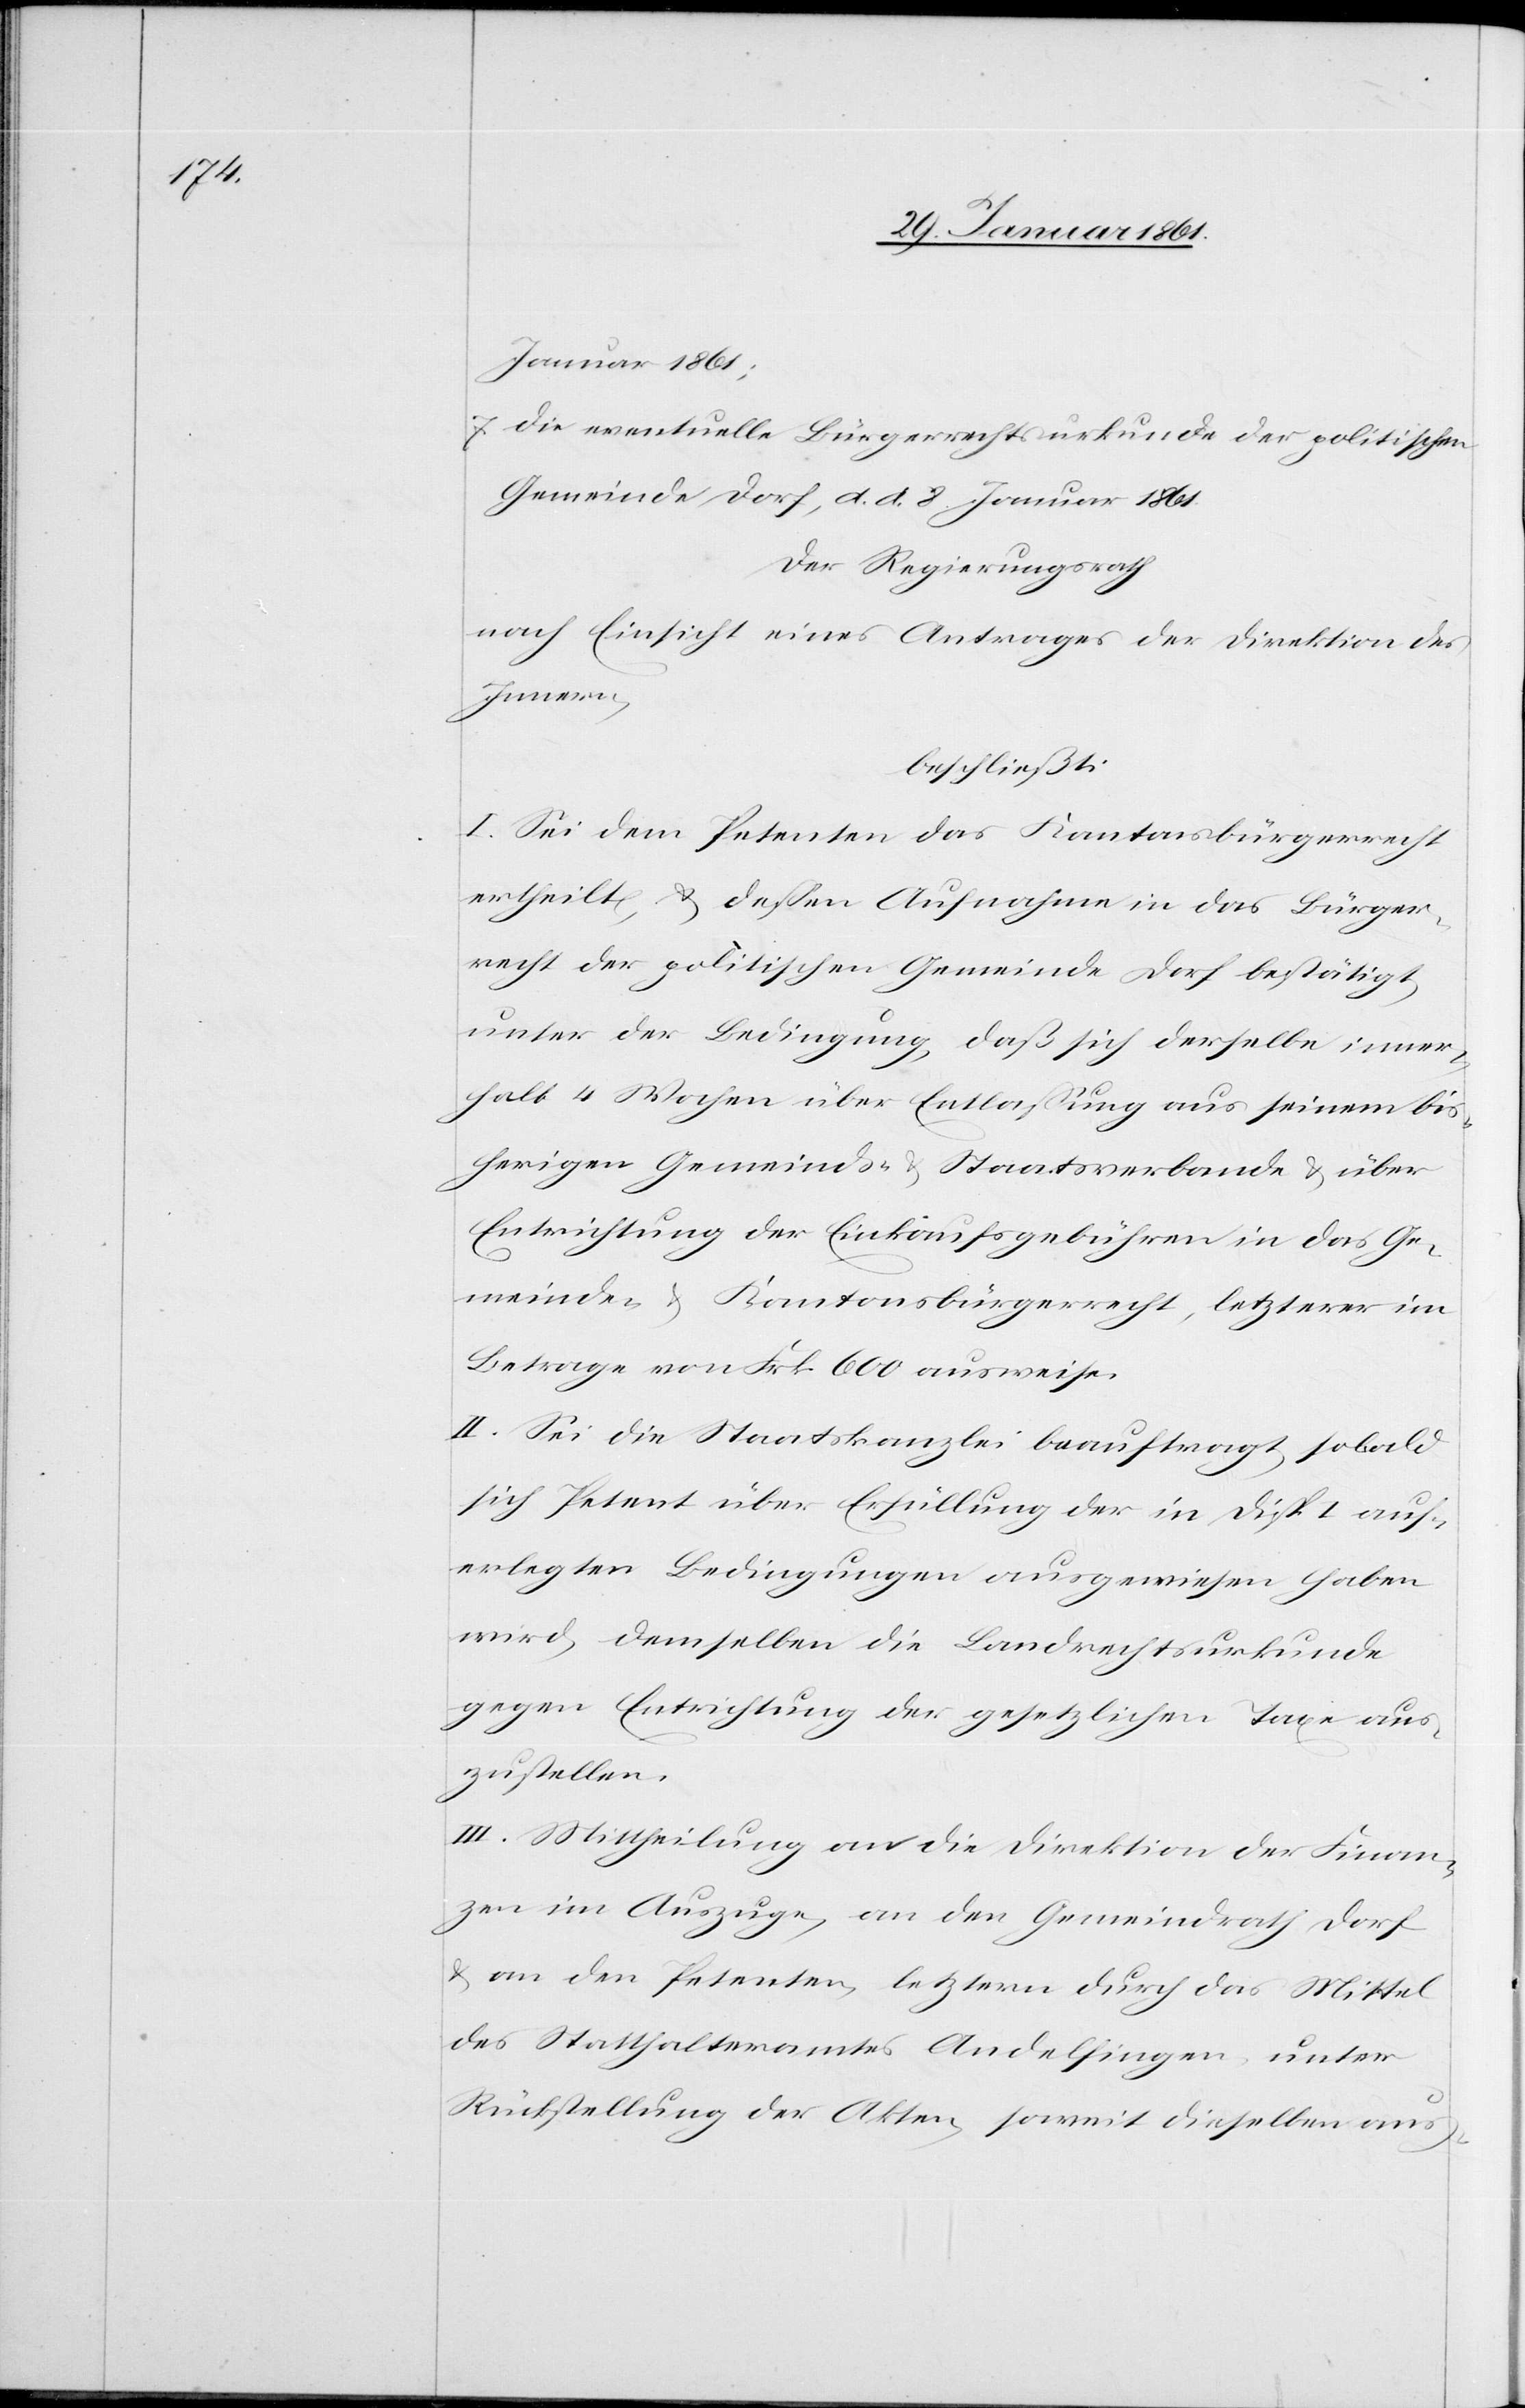
Januar 1861;
7) die eventuelle Bürgerrechtsurkunde der poli¬
tischen
Gemeinde Dorf, d. d. 8. Januar 1861.
Der Regierungsrath
nach Einsicht eines Antrages der Direktion des
Innern,
beschließt:
I. Sei dem Petenten das Kantonsbürgerrecht
ertheilt, u. dessen Aufnahme in das Bürger¬
recht der politischen Gemeinde Dorf bestätigt,
unter der Bedingung, daß sich derselbe inner¬
halb 4 Wochen über Entlassung aus seinem bis¬
herigen Gemeinds- u. Staatsverbande u. über
Entrichtung der Einkaufsgebühren in das Ge¬
meinde[-] u. Kantonsbürgerrecht, letzterer im
Betrage von Frk. 600 ausweise.
II. Sei die Staatskanzlei beauftragt, sobald
sich Petent über Erfüllung der in Disp. I auf¬
erlegten Bedingungen ausgewiesen haben
wird, demselben die Landrechtsurkunde
gegen Entrichtung der gesetzlichen Taxe aus¬
zustellen.
III. Mittheilung an die Direktion der Finan¬
zen im Auszuge an den Gemeindrath Dorf
u. an den Petenten, letztern durch das Mittel
des Statthalteramtes Andelfingen unter
Rückstellung der Akten, soweit dieselben aus-